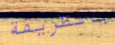
بالطريقة